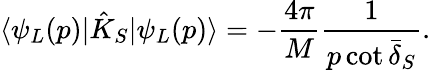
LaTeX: \langle\psi_{L}(p)|\hat{K}_{S}|\psi_{L}(p)\rangle=-\frac{4\pi}{M}\frac{1}{p\cot\bar{\delta}_{S}}.